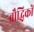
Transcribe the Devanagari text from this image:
बौद्धिकों